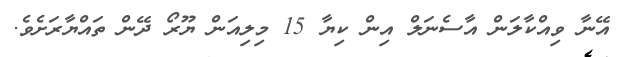
އޭނާ ވިއްކާލަން އާސެނަލް އިން ކިޔާ 15 މިލިއަން ޔޫރޯ ދޭން ތައްޔާރަށެވެ.